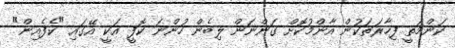
ކަންމަތީ ފިހާރަތަކުން އާންމުކޮށް ގަންނަން ލިބެން ހުންނަ ކޮފީ އަކީ އޭގައި "ކެފެއިން"